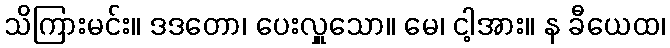
သိကြားမင်း။ ဒဒတော၊ ပေးလှူသော။ မေ၊ ငါ့အား။ န ခီယေထ၊